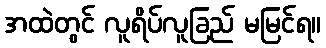
အထဲတွင် လူရိပ်လူခြည် မမြင်ရ။